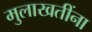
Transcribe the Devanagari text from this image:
मुलाखतींना